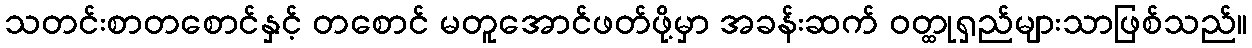
သတင်းစာတစောင်နှင့် တစောင် မတူအောင်ဖတ်ဖို့မှာ အခန်းဆက် ဝတ္ထုရှည်များသာဖြစ်သည်။